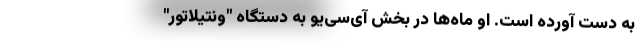
به دست آورده است. او ماه‌ها در بخش آی‌سی‌یو به دستگاه "ونتیلاتور"